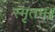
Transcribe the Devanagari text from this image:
स्मृतम्॥